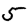
Digit: 5